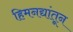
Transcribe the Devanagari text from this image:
हिमनद्यांतून